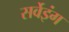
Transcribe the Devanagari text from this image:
सर्वेइंग